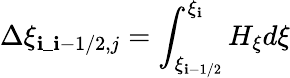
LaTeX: \displaystyle\Delta\xi_{\mathbf{i}\_ \mathbf{i}-1/2,j}=\int_{\xi_{\mathbf{i}-1/2}}^{\xi_{\mathbf{i}}}H_{\xi}d\xi